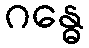
ဂန္ဓေ